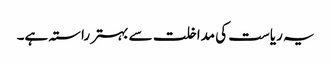
یہ ریاست کی مداخلت سے بہتر راستہ ہے۔